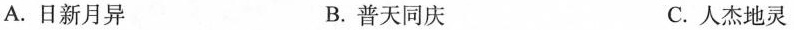
A.日新月异 B.普天同庆 C.人杰地灵